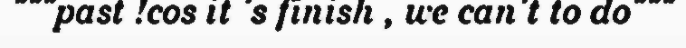
"""past !cos it 's finish , we can't to do"""